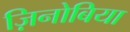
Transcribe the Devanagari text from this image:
ज़िनोबिया